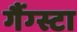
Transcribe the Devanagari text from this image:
गैंग्स्टा